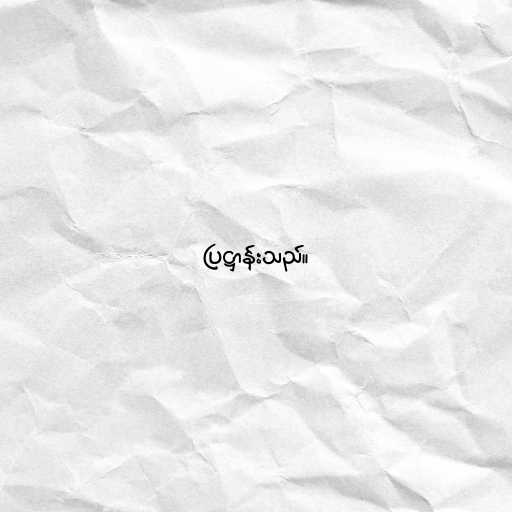
ပြဋ္ဌာန်းသည်။